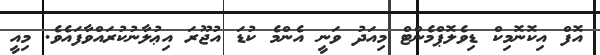
އޮފް އިކޮނޮމިކް ޑިވެލޮޕްމެންޓް މިއަދު ވަނީ އެންމެ ކުޑަ އުޖޫރަ އިޢުލާނުކުރައްވާފައެވެ. މިއީ